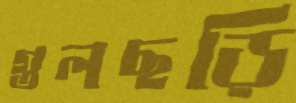
গুলছড়ি